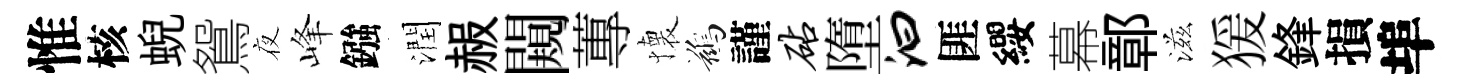
惟核蜺鴛夜峰鏹潤赧闚蓴懐鷀謹砧墮汩匪纓幕鄣滋猨鋒損埠